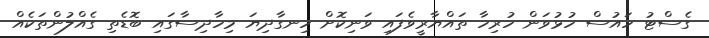
ގެސްޓު ހައުސް ހުޅުވަން ހުރިހާ ތައްޔާރީވެފައި ވަނިކޮށް ހިނގާދިޔަ މިހާދިސާގައި ބޮޑެތި ގެއްލުންތަކެއް